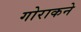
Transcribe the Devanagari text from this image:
गोराकने